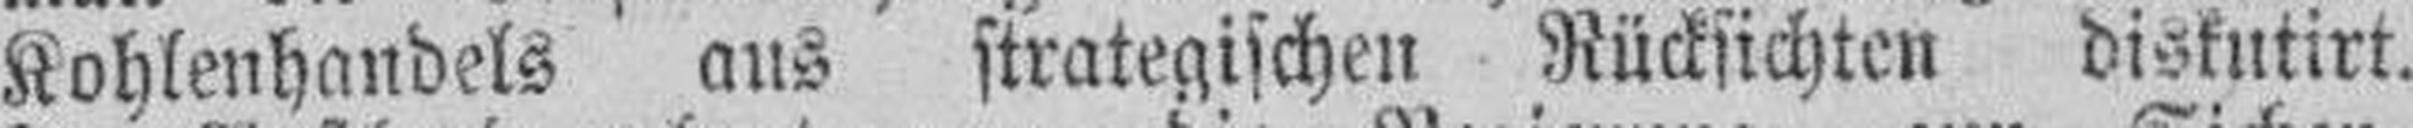
Kohlenhandels aus strategischen Rücksichten diskutirt.